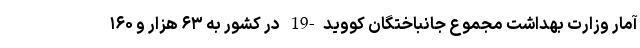
آمار وزارت بهداشت مجموع جانباختگان کووید-19 در کشور به ۶۳ هزار و ۱۶۰